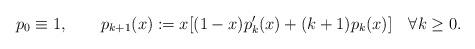
LaTeX: \begin{align*}p_0\equiv1,\qquad p_{k+1}(x) := x[(1-x)p'_k(x)+(k+1)p_k(x)]\quad\forall k\ge0.\end{align*}